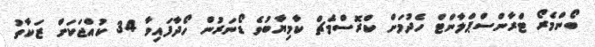
ބޯންމެރޯ ޓްރާންސްޕްލާންޓް ހެދުމަށް ކްރޮސްމެޗް ކާމިޔާބުވެ ޑޯނަރުން ހޯދާފައިވާ 34 ކުއްޖަކަށް ޒަކާތު